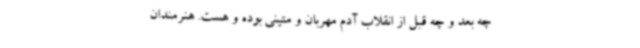
چه بعد و چه قبل از انقلاب آدم مهربان و متینی بوده و هست. هنرمندان